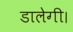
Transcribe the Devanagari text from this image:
डालेगी।